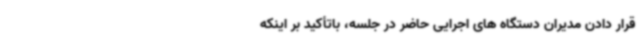
قرار دادن مدیران دستگاه های اجرایی حاضر در جلسه، باتأکید بر اینکه